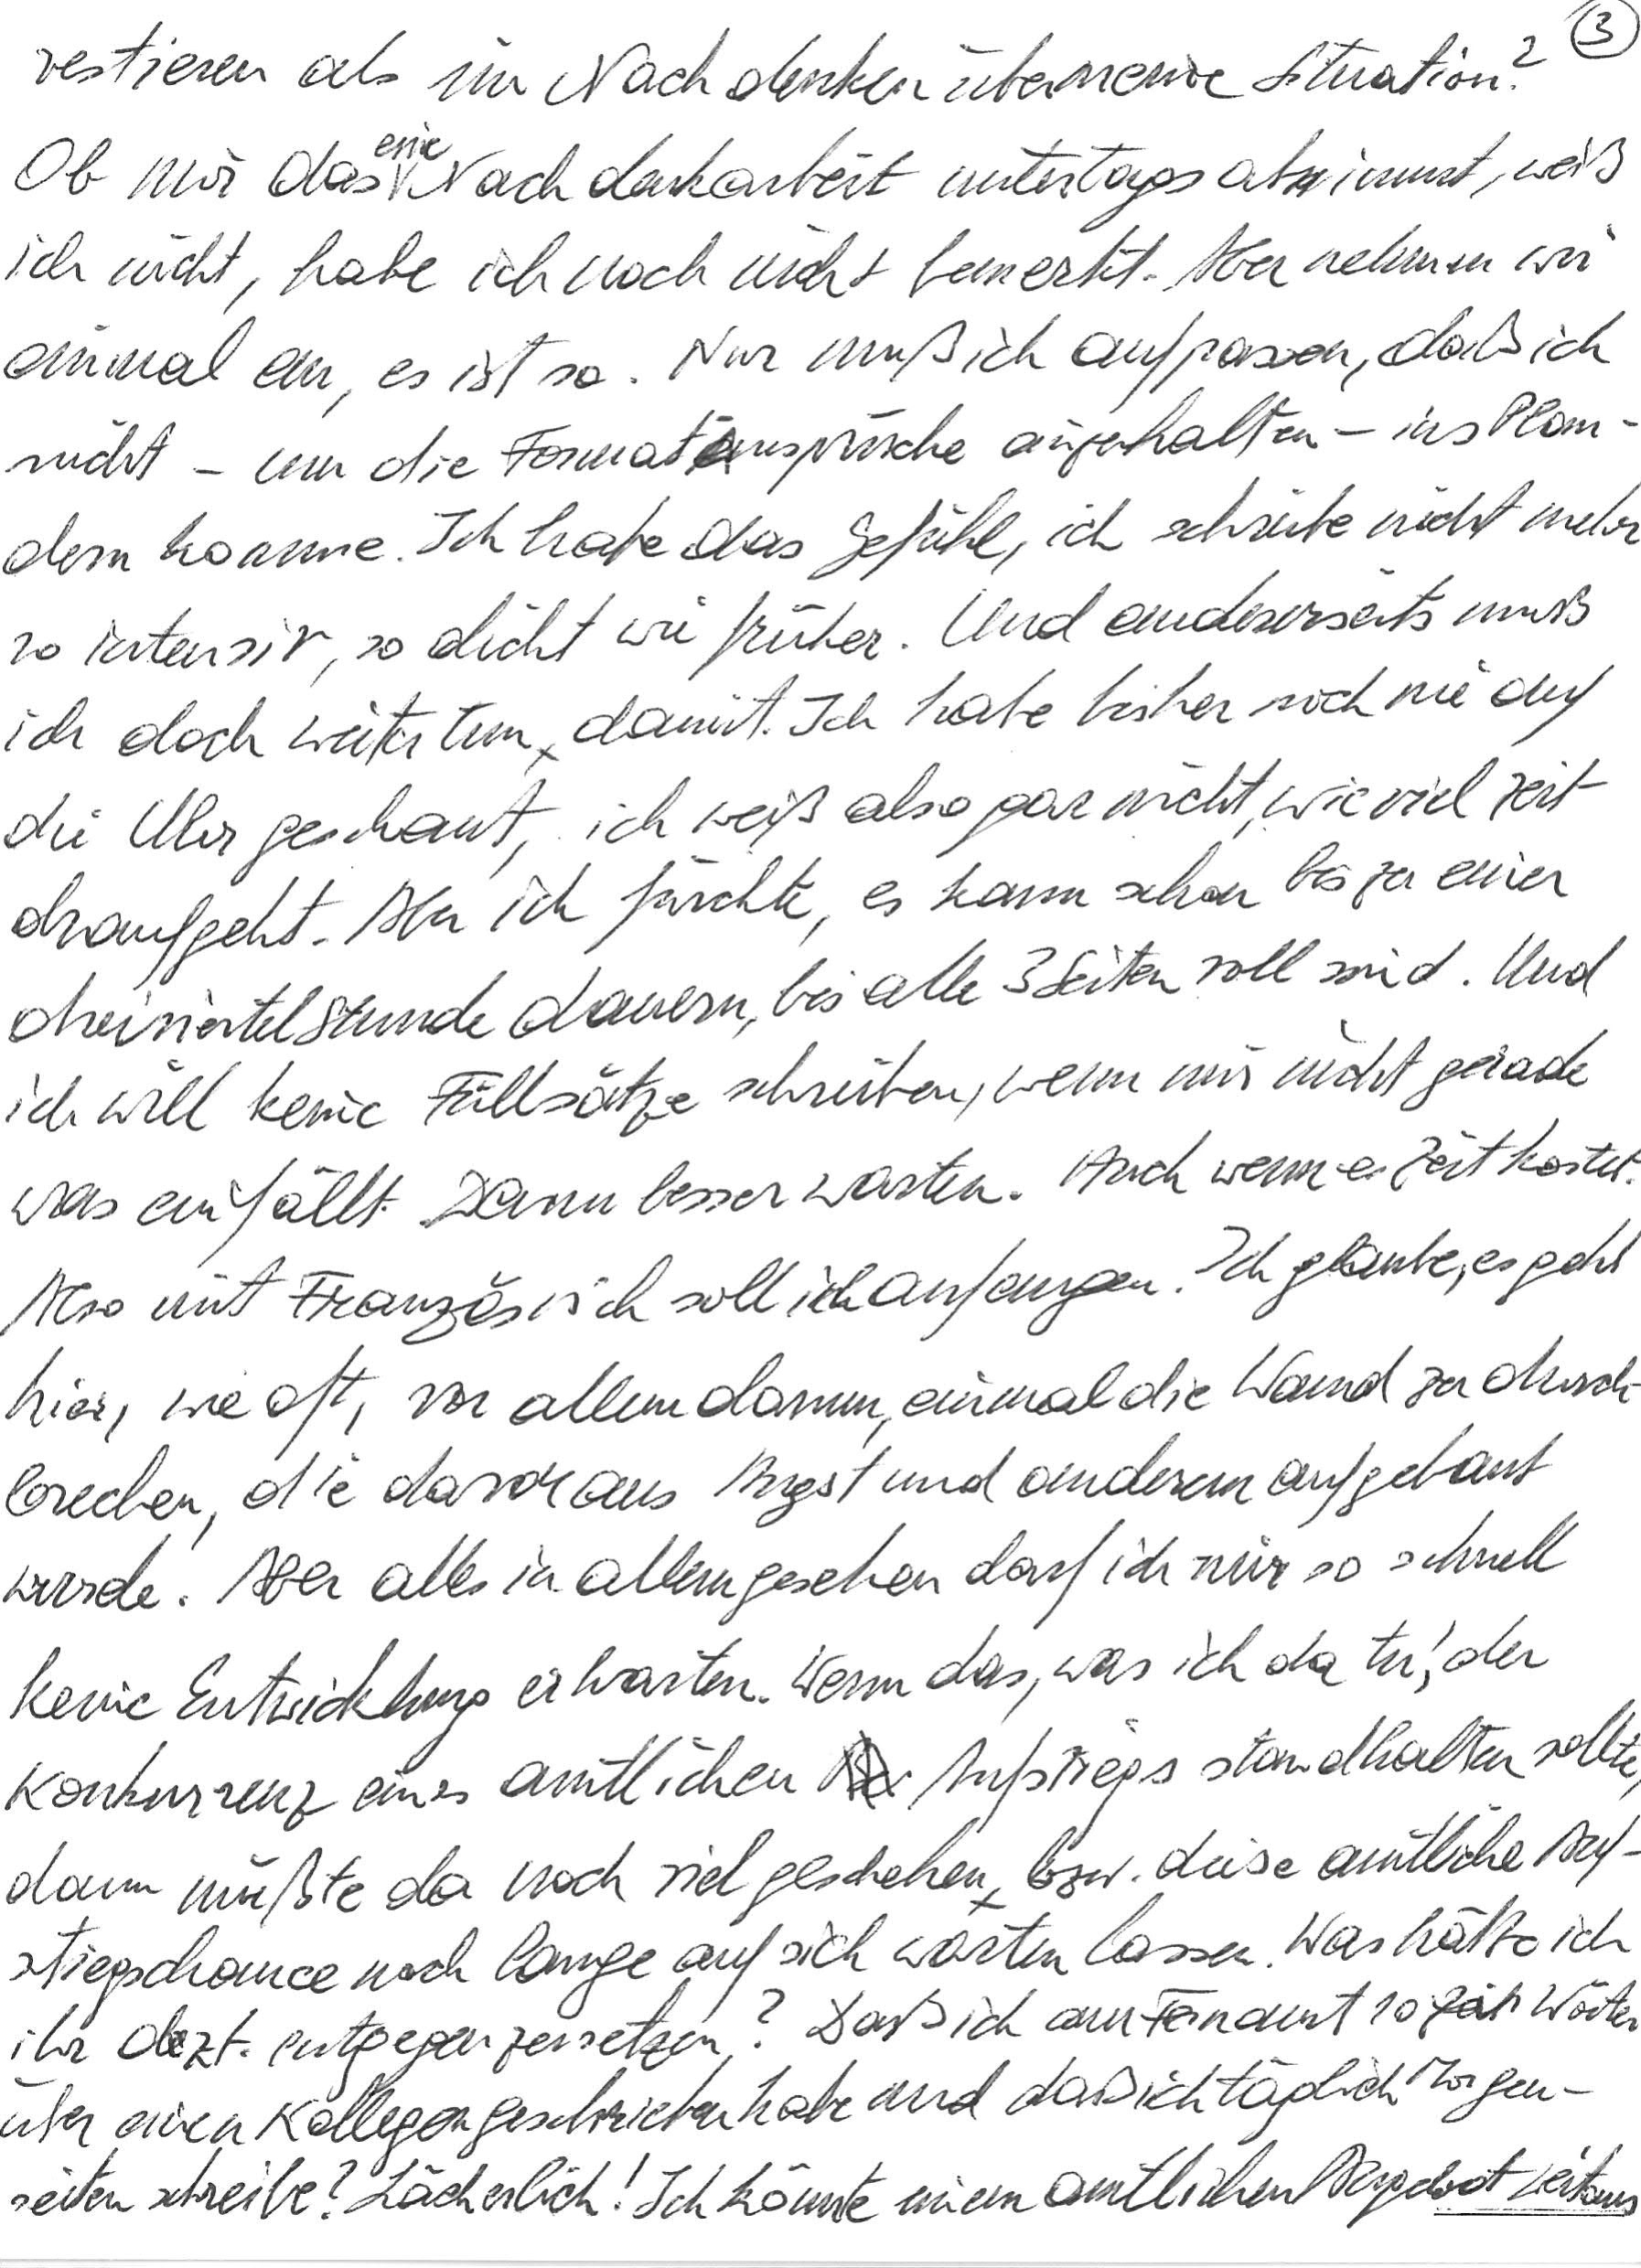
verstieren als im Nachdenken über meine Situation?
Ob mir das eine Nachdenkarbeit untertags abnimmt, weiß
ich nicht, habe ich noch nicht bemerkt. Aber nehmen wir
einmal an, es ist so. Nur muß ich aufpassen, daß ich
nicht – um die Format-Ansprüche einzuhalten – ins Plau-
dern komme. Ich habe das Gefühl, ich schreibe nicht mehr
so intensiv, so dicht wie früher. Und andererseits muß
ich doch weitertun damit. Ich habe bisher noch nie auf
die Uhr geschaut, ich weiß also gar nicht, wieviel Zeit
draufgeht. Aber ich fürchte, es kann schon bis zu einer
dreiviertel Stunde dauern, bis alle 3 Seiten voll sind. Und
ich will keine Füllsätze schreiben, wenn mir nicht gerade
was einfällt. Dann besser warten. Auch wenn es Zeit kostet.
Also mit Französisch soll ich anfangen. Ich glaube, es geht
hier, wie oft, vor allem darum, einmal die Wand zu durch-
brechen, die davor aus Angst und anderem aufgebaut
wurde. Aber alles in allem gesehen darf ich mir so schnell
keine Entwicklung erwarten. Wenn das, was ich da tu‘, der
Konkurrenz eines amtlichen Aufstiegs standhalten sollte,
dann müßte da noch viel geschehen bzw. diese amtliche Auf-
stiegschance noch lange auf sich warten lassen. Was hätte ich
ihr dzt. entgegenzusetzen? Daß ich am Fernamt 10 Wörter
über einen Kollegen geschrieben habe und daß ich täglich Morgen-
seiten schreibe? Lächerlich! Ich könnte einem amtlichen Angebot weitaus